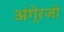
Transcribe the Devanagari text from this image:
अंगे्रजो